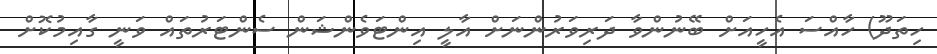
ހިތަދޫ) ހާއްސަ އެހީއަށް ބޭނުންވާ ދަރިވަރުންނަށް އާލީ އިންޓަވެންޝަން ސެންޓަރުތައް ވަނީ ގާއިމުކޮށް